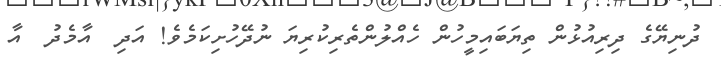
ދުނިޔޭގެ ދިރިއުޅުން ތިޔަބައިމީހުން ހެއްލުންތެރިކުރިޔަ ނުދޭހުށިކަމެވެ! އަދި  އާމެދު  އާ